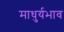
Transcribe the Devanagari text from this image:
माधुर्यभाव